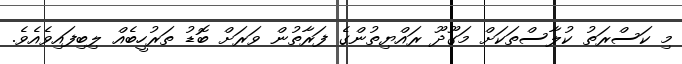
މި ކަސްރަތު ކުލާސްތަކަށް މަގޫދޫ ރައްޔިތުންގެ ފަރާތުން ވަރަށް ބޮޑު ތަރުހީބެއް ލިބިފައިވެއެވެ.